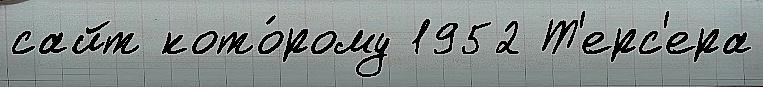
сайт кото́рому 1952 Т'ерс'ера